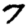
Digit: 7